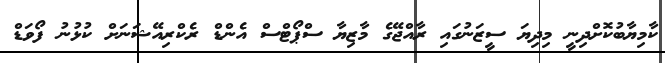
ކާމިޔާބުކޮށްދިނީ މިދިޔަ ސީޒަނުގައި ރާއްޖޭގެ މާޒިޔާ ސްޕޯޓްސް އެންޑް ރެކްރިއޭޝަނަށް ކުޅުނު ފޯވަޑް